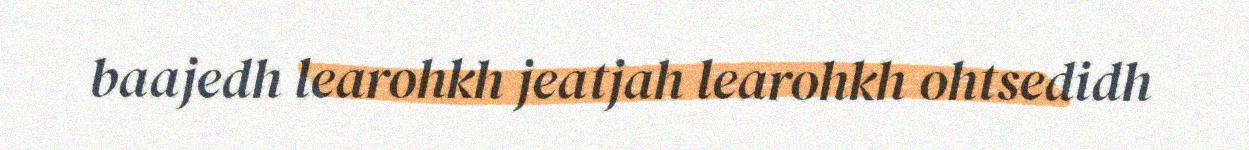
baajedh learohkh jeatjah learohkh ohtsedidh